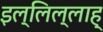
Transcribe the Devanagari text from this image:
इल्लिल्लाह्